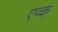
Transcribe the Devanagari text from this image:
एव्क